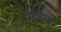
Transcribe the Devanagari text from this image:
स्टेकिल